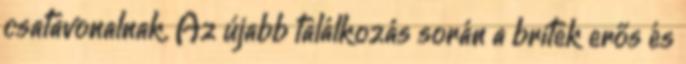
csatavonalnak. Az újabb találkozás során a britek erős és